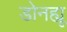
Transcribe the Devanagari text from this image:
डोनह्यू